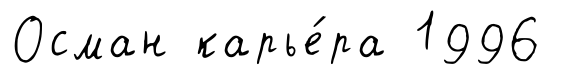
Осман карье́ра 1996